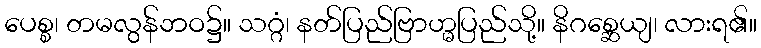
ပေစ္စ၊ တမလွန်ဘဝ၌။ သဂ္ဂံ၊ နတ်ပြည်ဗြာဟ္မပြည်သို့။ နိဂစ္ဆေယျ၊ လားရ၏။